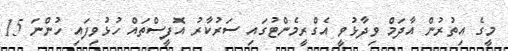
މީގެ އިތުރުން އާދަމް ވިދާޅުވީ އެގްރީމެންޓުގައި ސަރުކާރު އޮފީސްތައް ހުޅުވިފައި ހުންނަ 15